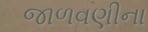
જાળવણીના